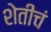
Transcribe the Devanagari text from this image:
शेतीचं